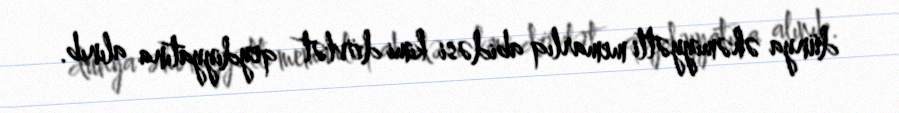
dünya əhəmiyyətli memarlıq abidəsi kimi dövlət qeydiyyatına alınıb.